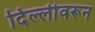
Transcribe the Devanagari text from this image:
दिल्लीवरून